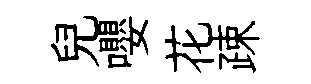
兒嚶花疎